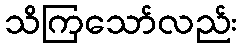
သိကြသော်လည်း